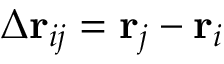
\Delta \mathbf { r } _ { i j } = \mathbf { r } _ { j } - \mathbf { r } _ { i }